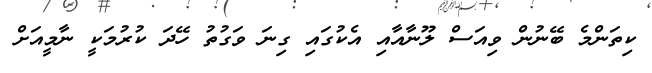
ކިތަންމެ ބޭނުން ވިއަސް ލޫނާއާއި އެކުގައި ގިނަ ވަގުތު ހޭދަ ކުރުމަކީ ނާމީއަށް